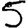
Digit: 5